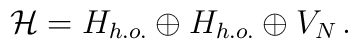
{\cal H}=H_{h.o.}\oplus H_{h.o.}\oplus V_{N}\,.